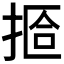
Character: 𫽆